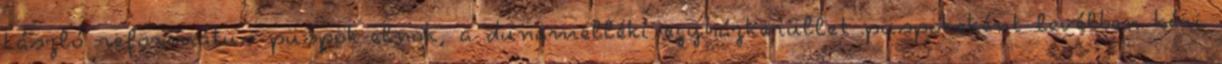
László református püspök-elnök, a dunamelléki egyházkerüllet püspökeként levélben kéri